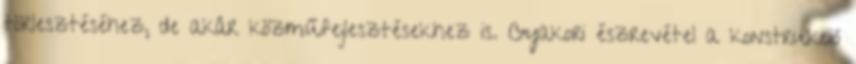
törlesztéséhez, de akár közműfejlesztésekhez is. Gyakori észrevétel a konstrukció